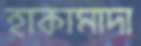
হাকামাদা